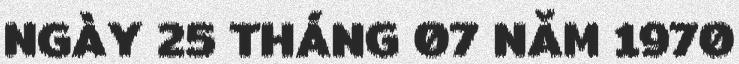
NGÀY 25 THÁNG 07 NĂM 1970